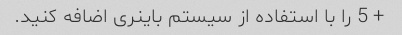
+ 5 را با استفاده از سیستم باینری اضافه کنید.